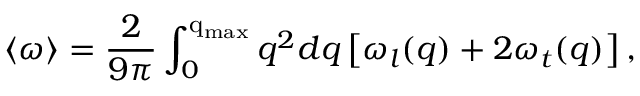
\langle \omega \rangle = \frac { 2 } { 9 \pi } \int _ { 0 } ^ { \mathrm { q _ { \mathrm { m a x } } } } q ^ { 2 } d q \left[ \omega _ { l } ( q ) + 2 \omega _ { t } ( q ) \right] ,